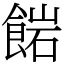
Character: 𩜠